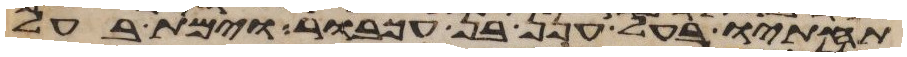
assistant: תחתיו בעל חנן בן עכבור וימת בעל